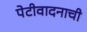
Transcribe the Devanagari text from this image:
पेटीवादनाची